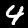
Digit: 4